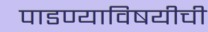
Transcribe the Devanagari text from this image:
पाडण्याविषयीची